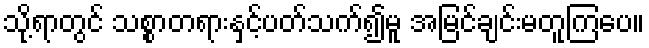
သို့ရာတွင် သစ္စာတရားနှင့်ပတ်သက်၍မူ အမြင်ချင်းမတူကြပေ။